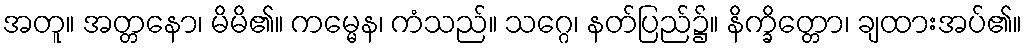
အတူ။ အတ္တနော၊ မိမိ၏။ ကမ္မေန၊ ကံသည်။ သဂ္ဂေ၊ နတ်ပြည်၌။ နိက္ခိတ္တော၊ ချထားအပ်၏။